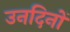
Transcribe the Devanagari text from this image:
उनदिनों